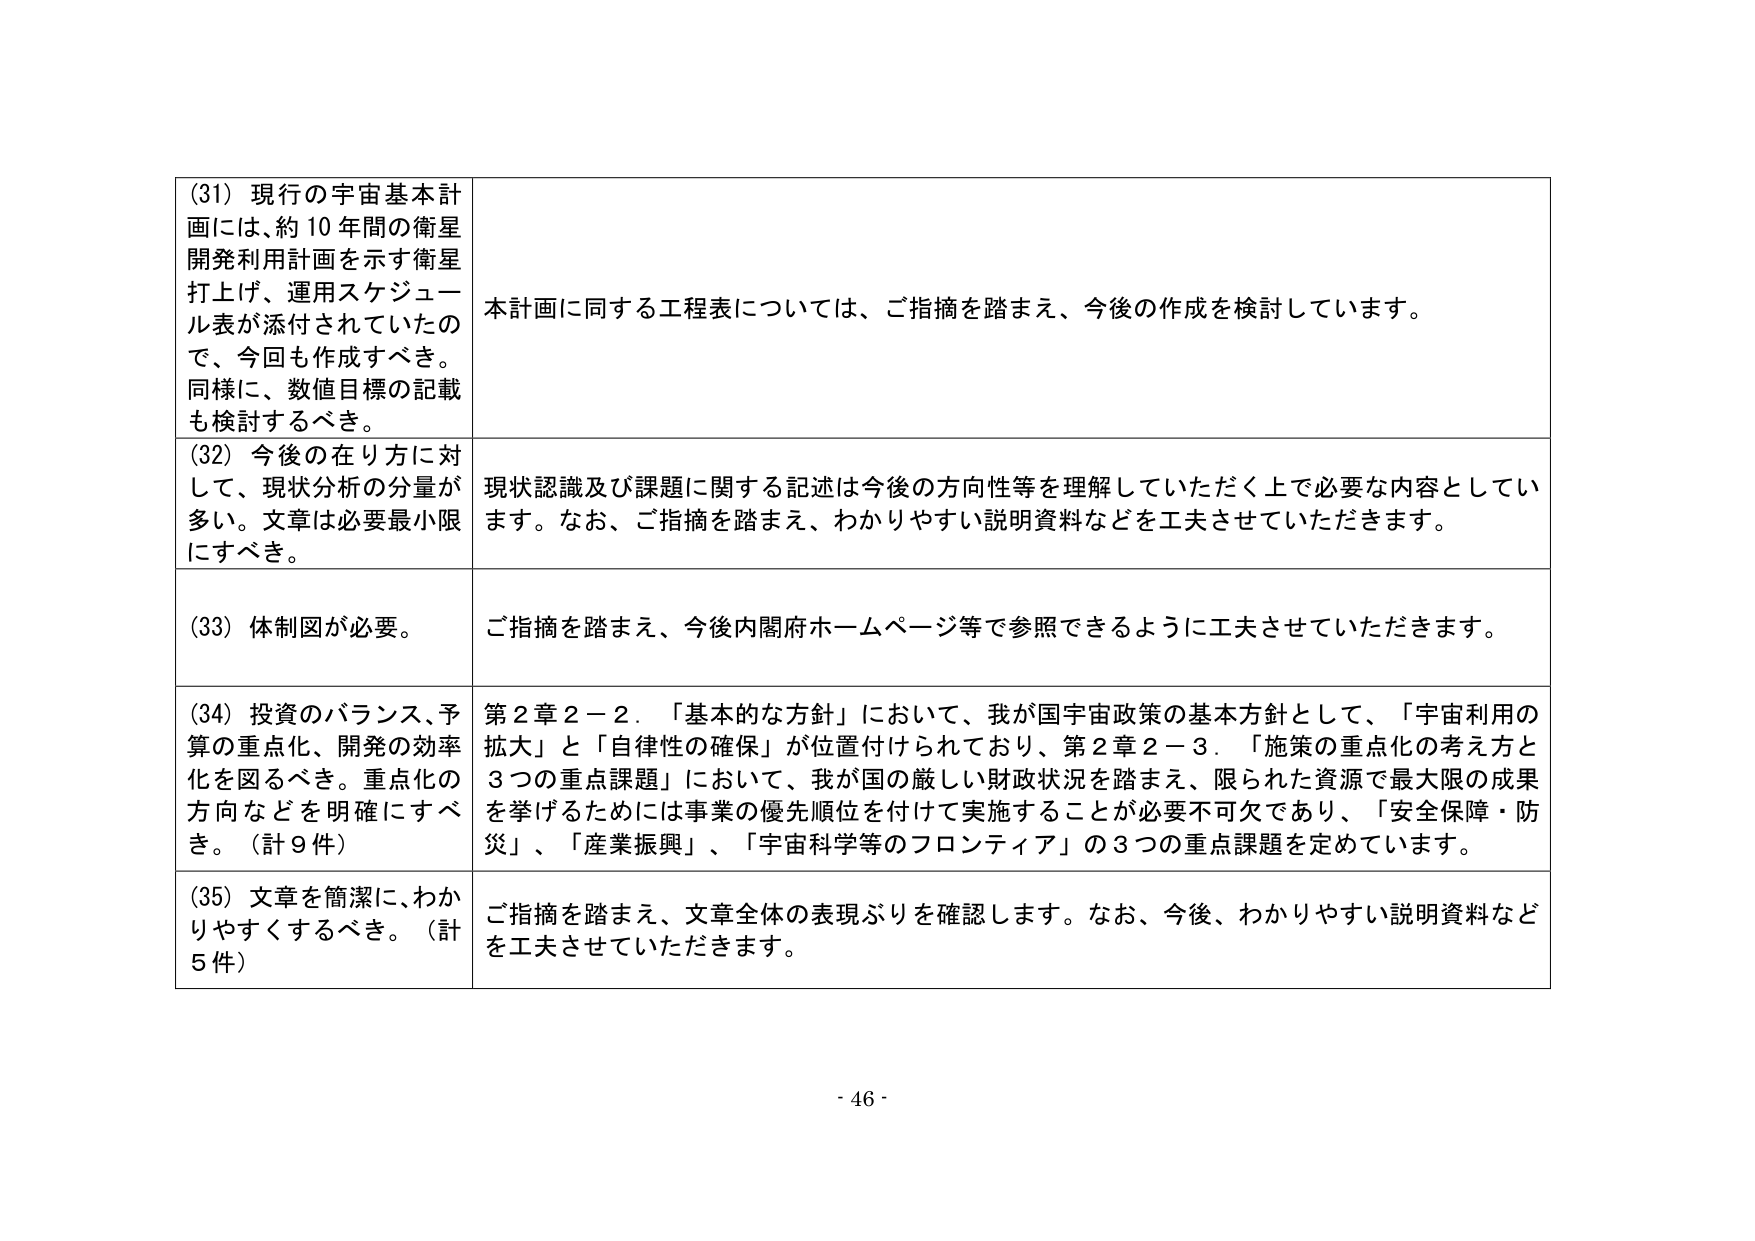
(31) 現行の宇宙基本計画には、約10年間の衛星開発利用計画を示す衛星打上げ、運用スケジュール表が添付されていたので、今回も作成すべき。同様に、数値目標の記載も検討するべき。

本計画に同する工程表については、ご指摘を踏まえ、今後の作成を検討しています。

(32) 今後の在り方に対して、現状分析の分量が多い。文章は必要最小限にすべき。

現状認識及び課題に関する記述は今後の方向性等を理解していただく上で必要な内容としています。なお、ご指摘を踏まえ、わかりやすい説明資料などを工夫させていただきます。

(33) 体制図が必要。

ご指摘を踏まえ、今後内閣府ホームページ等で参照できるように工夫させていただきます。

(34) 投資のバランス、予算の重点化、開発の効率化を図るべき。重点化の方向などを明確にすべき。（計9件）

第2章2－2．「基本的な方針」において、我が国宇宙政策の基本方針として、「宇宙利用の拡大」と「自律性の確保」が位置付けられており、第2章2－3．「施策の重点化の考え方と3つの重点課題」において、我が国の厳しい財政状況を踏まえ、限られた資源で最大限の成果を挙げるためには事業の優先順位を付けて実施することが必要不可欠であり、「安全保障・防災」、「産業振興」、「宇宙科学等のフロンティア」の3つの重点課題を定めています。

(35) 文章を簡潔に、わかりやすくするべき。（計5件）

ご指摘を踏まえ、文章全体の表現ぶりを確認します。なお、今後、わかりやすい説明資料などを工夫させていただきます。

- 46 -